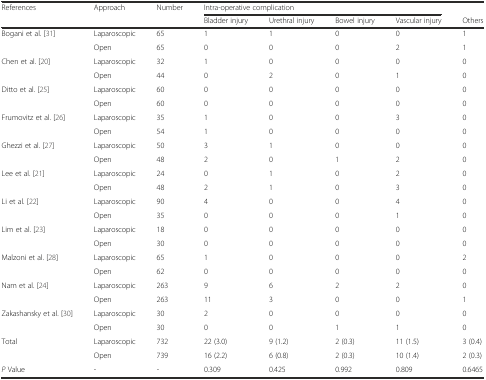
<table><thead><tr><td rowspan="2"><b>References</b></td><td rowspan="2"><b>Approach</b></td><td rowspan="2"><b>Number</b></td><td colspan="4"><b>Intra-operative complication</b></td><td></td></tr><tr><td><b>Bladder injury</b></td><td><b>Urethral injury</b></td><td><b>Bowel injury</b></td><td><b>Vascular injury</b></td><td><b>Others</b></td></tr></thead><tbody><tr><td rowspan="2">Bogani et al. [31]</td><td>Laparoscopic</td><td>65</td><td>1</td><td>1</td><td>0</td><td>0</td><td>1</td></tr><tr><td>Open</td><td>65</td><td>0</td><td>0</td><td>0</td><td>2</td><td>1</td></tr><tr><td rowspan="2">Chen et al. [20]</td><td>Laparoscopic</td><td>32</td><td>1</td><td>0</td><td>0</td><td>0</td><td>0</td></tr><tr><td>Open</td><td>44</td><td>0</td><td>2</td><td>0</td><td>1</td><td>0</td></tr><tr><td rowspan="2">Ditto et al. [25]</td><td>Laparoscopic</td><td>60</td><td>0</td><td>0</td><td>0</td><td>0</td><td>0</td></tr><tr><td>Open</td><td>60</td><td>0</td><td>0</td><td>0</td><td>0</td><td>0</td></tr><tr><td rowspan="2">Frumovitz et al. [26]</td><td>Laparoscopic</td><td>35</td><td>1</td><td>0</td><td>0</td><td>3</td><td>0</td></tr><tr><td>Open</td><td>54</td><td>1</td><td>0</td><td>0</td><td>0</td><td>0</td></tr><tr><td rowspan="2">Ghezzi et al. [27]</td><td>Laparoscopic</td><td>50</td><td>3</td><td>1</td><td>0</td><td>0</td><td>0</td></tr><tr><td>Open</td><td>48</td><td>2</td><td>0</td><td>1</td><td>2</td><td>0</td></tr><tr><td rowspan="2">Lee et al. [21]</td><td>Laparoscopic</td><td>24</td><td>0</td><td>1</td><td>0</td><td>2</td><td>0</td></tr><tr><td>Open</td><td>48</td><td>2</td><td>1</td><td>0</td><td>3</td><td>0</td></tr><tr><td rowspan="2">Li et al. [22]</td><td>Laparoscopic</td><td>90</td><td>4</td><td>0</td><td>0</td><td>4</td><td>0</td></tr><tr><td>Open</td><td>35</td><td>0</td><td>0</td><td>0</td><td>1</td><td>0</td></tr><tr><td rowspan="2">Lim et al. [23]</td><td>Laparoscopic</td><td>18</td><td>0</td><td>0</td><td>0</td><td>0</td><td>0</td></tr><tr><td>Open</td><td>30</td><td>0</td><td>0</td><td>0</td><td>0</td><td>0</td></tr><tr><td rowspan="2">Malzoni et al. [28]</td><td>Laparoscopic</td><td>65</td><td>1</td><td>0</td><td>0</td><td>0</td><td>2</td></tr><tr><td>Open</td><td>62</td><td>0</td><td>0</td><td>0</td><td>0</td><td>0</td></tr><tr><td rowspan="2">Nam et al. [24]</td><td>Laparoscopic</td><td>263</td><td>9</td><td>6</td><td>2</td><td>2</td><td>0</td></tr><tr><td>Open</td><td>263</td><td>11</td><td>3</td><td>0</td><td>0</td><td>1</td></tr><tr><td rowspan="2">Zakashansky et al. [30]</td><td>Laparoscopic</td><td>30</td><td>2</td><td>0</td><td>0</td><td>0</td><td>0</td></tr><tr><td>Open</td><td>30</td><td>0</td><td>0</td><td>1</td><td>1</td><td>0</td></tr><tr><td rowspan="2">Total</td><td>Laparoscopic</td><td>732</td><td>22 (3.0)</td><td>9 (1.2)</td><td>2 (0.3)</td><td>11 (1.5)</td><td>3 (0.4)</td></tr><tr><td>Open</td><td>739</td><td>16 (2.2)</td><td>6 (0.8)</td><td>2 (0.3)</td><td>10 (1.4)</td><td>2 (0.3)</td></tr><tr><td><i>P</i> Value</td><td>-</td><td>-</td><td>0.309</td><td>0.425</td><td>0.992</td><td>0.809</td><td>0.6465</td></tr></tbody></table>